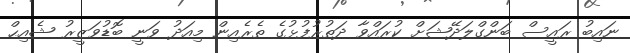
ނައިބު ރައީސް ބަންގްލަދޭޝަށް ކުރައްވާ ދަތުރުފުޅުގެ ތެރެއިން މިއަދު ވަނީ ބޮޑުވަޒީރު ޝެއިޙް